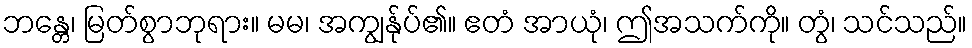
ဘန္တေ၊ မြတ်စွာဘုရား။ မမ၊ အကျွန်ုပ်၏။ ဧတံ အာယုံ၊ ဤအသက်ကို။ တွံ၊ သင်သည်။